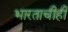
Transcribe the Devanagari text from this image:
भारताचीही